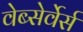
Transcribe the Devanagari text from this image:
वेब्सेर्वेर्स